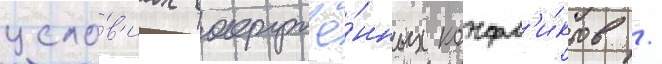
усло́в'иах вооружё́нных конфл'и́ктов /